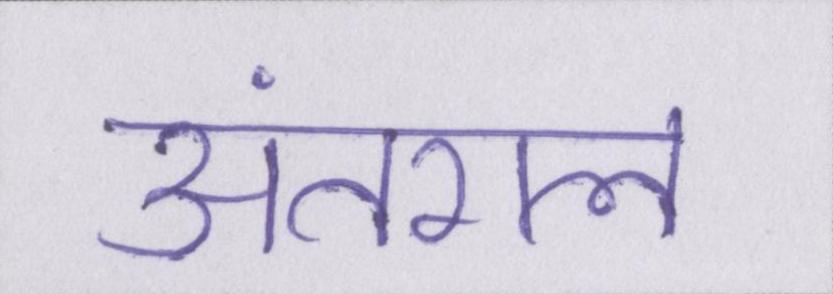
अंतराल